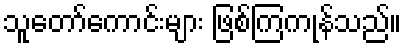
သူတော်ကောင်းများ ဖြစ်ကြကုန်သည်။